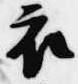
衣